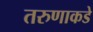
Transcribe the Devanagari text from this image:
तरुणाकडे